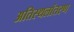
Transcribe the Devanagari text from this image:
अतिस्थलांतरण